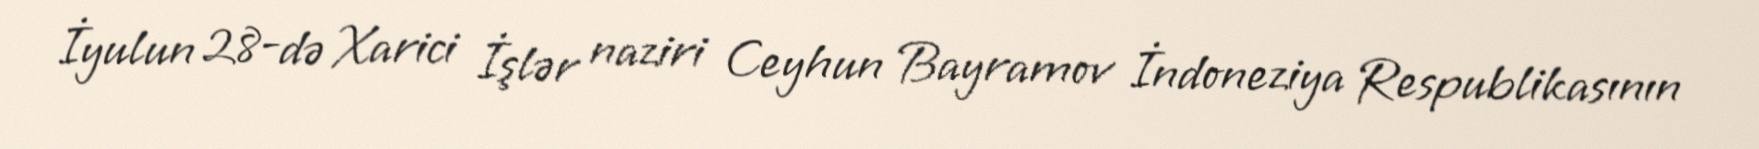
İyulun 28-də Xarici İşlər naziri Ceyhun Bayramov İndoneziya Respublikasının